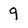
Character: 9